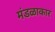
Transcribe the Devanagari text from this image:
मंडळाकार